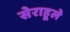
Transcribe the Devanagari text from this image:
सेराहूले